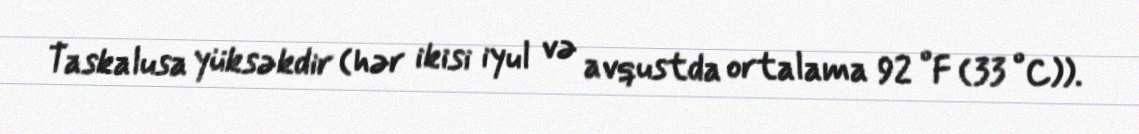
Taskalusa yüksəkdir (hər ikisi iyul və avqustda ortalama 92 °F (33 °C)).